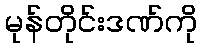
မုန်တိုင်းဒဏ်ကို